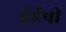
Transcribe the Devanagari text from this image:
ईईपी